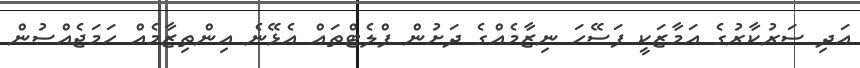
އަދި ސަރުކާރުގެ އަމާޒަކީ ފަސޭހަ ނިޒާމެއްގެ ދަށުން ފްލެޓްތައް އެޅޭނެ އިންތިޒާމެއް ހަމަޖެއްސުން